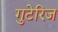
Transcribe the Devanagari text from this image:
गुटेरिज